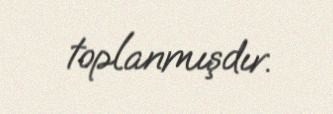
toplanmışdır.